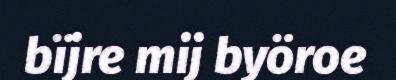
bïjre mij byöroe